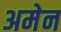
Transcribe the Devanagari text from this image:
अमेन